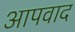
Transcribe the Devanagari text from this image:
आपवाद